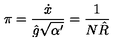
\pi = \frac { \dot { x } } { \hat { g } \sqrt { \alpha ^ { \prime } } } = \frac { 1 } { N \hat { R } }